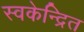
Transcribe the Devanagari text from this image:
स्वकेन्द्रित